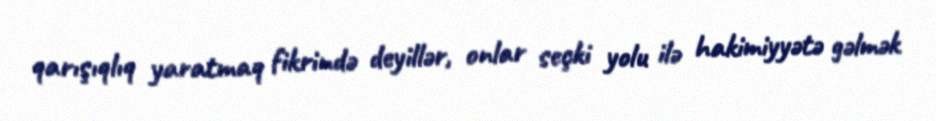
qarışıqlıq yaratmaq fikrində deyillər, onlar seçki yolu ilə hakimiyyətə gəlmək